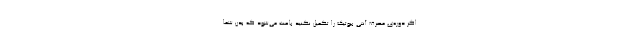
اگر دوره‌ی مصرف آنتی بیوتیک را تکمیل نکنید باعث می‌شود که بدن شما